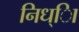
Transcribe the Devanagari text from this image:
निध्ाि